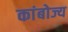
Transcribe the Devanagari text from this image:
कांबोज्य